Reports on military cantonments and civil stations in the Presidency of Bombay inspected by the Sanitary Commissioner in the years 1875 and 1876
Year: 1875
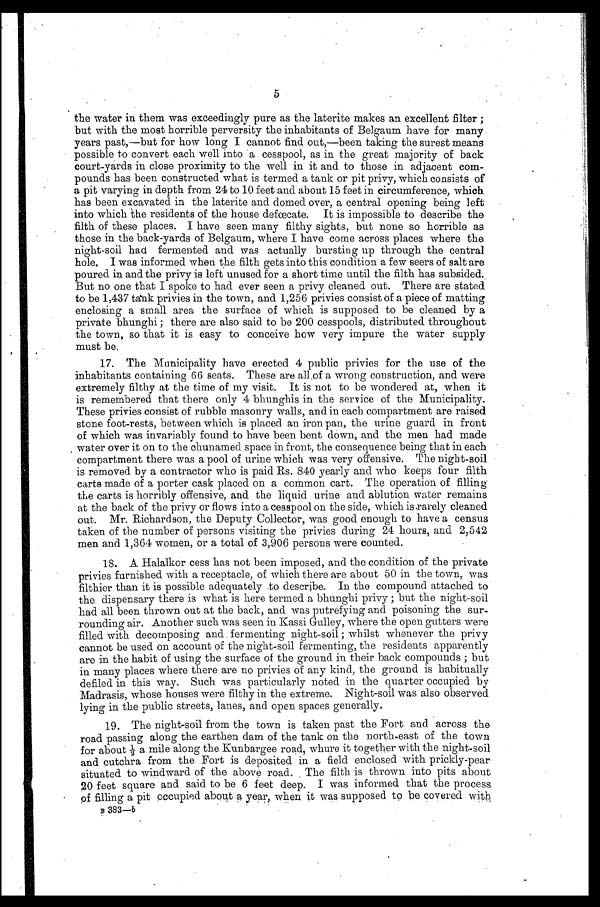
5
the water in them was exceedingly pure as the laterite makes an excellent filter ;
but with the most horrible perversity the inhabitants of Belgaum have for many
years past,—but for how long I cannot find out,—been taking the surest means
possible to convert each well into a cesspool, as in the great majority of back
court-yards in close proximity to the well in it and to those in adjacent com--
pounds has been constructed what is termed a tank or pit privy, which consists of
a pit varying in depth from 24 to 10 feet and about 15 feet in circumference, which
has been excavated in the laterite and domed over, a central opening being left
into which the residents of the house defœecate. It is impossible to describe the
filth of these places. I have seen many filthy sights, but none so horrible as
those in the back-yards of Belgaum, where I have come across places where the
night-soil had fermented and was actually bursting up through the central
hole. I was informed when the filth gets into this condition a few seers of salt are
poured in and the privy is left unused for a short time until the filth has subsided.
But no one that I spoke to had ever seen a privy cleaned out. There are stated
to be 1,437 tank privies in the town, and 1,256 privies consist of a piece of matting
enclosing a small area the surface of which is supposed to be cleaned by a
private bhunghi ; there are also said to be 200 cesspools, distributed throughout
the town, so that it is easy to conceive how very impure the water supply
must be.
17. The Municipality have erected 4 public privies for the use of the
inhabitants containing 66 seats. These are all of a wrong construction, and were
extremely filthy at the time of my visit. It is not to be wondered at, when it
is remembered that there only 4 bhunghis in the service of the Municipality.
These privies consist of rubble masonry walls, and in each compartment are raised
stone foot-rests, between which is placed an iron pan, the urine guard in front
of which was invariably found to have been bent down, and the men had made
water over it on to the chunamed space in front, the consequence being that in each
compartment there was a pool of urine which was very offensive. The night-soil
is removed by a contractor who is paid Rs. 840 yearly and who keeps four filth
carts made of a porter cask placed on a common cart. The operation of filling
the carts is horribly offensive, and the liquid urine and ablution water remains
at the back of the privy or flows into a cesspool on the side, which is rarely cleaned
out. Mr. Richardson, the Deputy Collector, was good enough to have a census
taken of the number of persons visiting the privies during 24 hours, and 2,542
men and 1,364 women, or a total of 3,906 persons were counted.
18. A Halalkor cess has not been imposed, and the condition of the private
privies furnished with a receptacle, of which there are about 50 in the town, was
filthier than it is possible adequately to describe. In the compound attached to
the dispensary there is what is here termed a bhunghi privy ; but the night-soil
had all been thrown out at the back, and was putrefying and poisoning the sur-
rounding air. Another such was seen in Kassi Gulley, where the open gutters were
filled with decomposing and fermenting night-soil ; whilst whenever the privy
cannot be used on account of the night-soil fermenting, the residents apparently
are in the habit of using the surface of the ground in their back compounds ; but
in many places where there are no privies of any kind, the ground is habitually
defiled in this way. Such was particularly noted in the quarter occupied by
Madrasis, whose houses were filthy in the extreme. Night-soil was also observed
lying in the public streets, lanes, and open spaces generally.
19. The night-soil from the town is taken past the Fort and across the
road passing along the earthen dam of the tank on the north-east of the town
f o r a b o u t 1 / 2 a m i l e a l o n g t h e K u n b a r g e e r o a d , w h u r e i t t o g e t h e r w i t h t h e n i g h t - s o i l
and cutchra from the Fort is deposited in a field enclosed with prickly-pear
situated to windward of the above road. The filth is thrown into pits about
20 feet square and said to be 6 feet deep. I was informed that the process
of filling a pit occupied about a year, when it was supposed to be covered with.
B 383-b